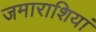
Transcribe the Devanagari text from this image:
जमाराशियां